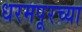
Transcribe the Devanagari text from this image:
धरमपूरच्या